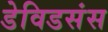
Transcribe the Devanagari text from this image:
डेविडसंस